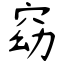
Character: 窈